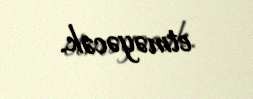
etməyəcək.